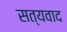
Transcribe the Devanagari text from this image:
सत्यवाद